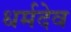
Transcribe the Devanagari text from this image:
धर्मदेव